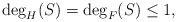
\begin{align*} \deg_H(S)=\deg_F(S)\leq 1,\end{align*}